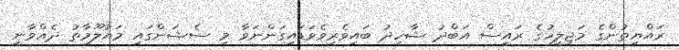
ރައްޔިތުންގެ މަޖިލީހުގެ ރައީސް އަބްދު ޝާހިދު ބައިވެރިވެވަޑައިގަންނަވާ މި ސެޝަންގައި މައުލޫމާތު ދެއްވާނީ